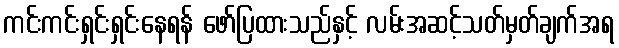
ကင်းကင်းရှင်းရှင်းနေရန် ဖော်ပြထားသည်နှင့် လမ်းအဆင့်သတ်မှတ်ချက်အရ